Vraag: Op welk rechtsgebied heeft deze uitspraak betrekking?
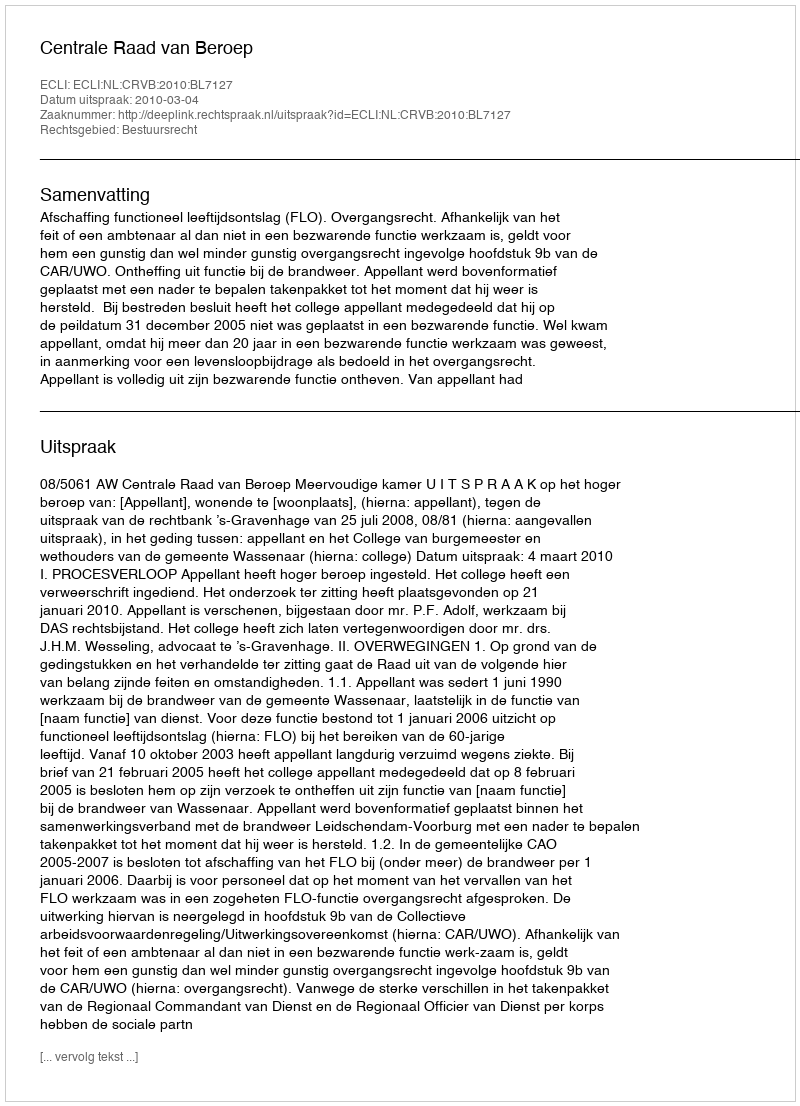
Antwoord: Bestuursrecht